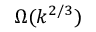
\Omega ( k ^ { 2 / 3 } )